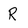
Character: R